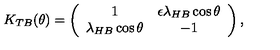
K _ { T B } ( \theta ) = \left( \begin{array} { c c } { 1 } & { \epsilon \lambda _ { H B } \cos \theta } \\ { \lambda _ { H B } \cos \theta } & { - 1 } \\ \end{array} \right) ,